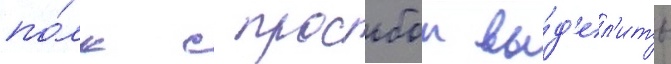
по́лк с просьбои вы́д'ел'ить